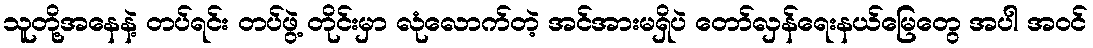
သူတို့အနေနဲ့ တပ်ရင်း တပ်ဖွဲ့ တိုင်းမှာ လုံလောက်တဲ့ အင်အားမရှိပဲ တော်လှန်ရေးနယ်မြေတွေ အပါ အဝင်